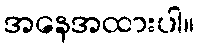
အနေအထားပါ။